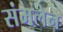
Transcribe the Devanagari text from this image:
संमलेन